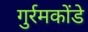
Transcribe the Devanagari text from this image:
गुर्रमकोंडे